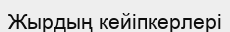
Жырдың кейіпкерлері